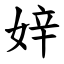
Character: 㛙